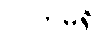
လက်မရှိ